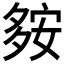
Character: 𡖨